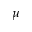
\mu